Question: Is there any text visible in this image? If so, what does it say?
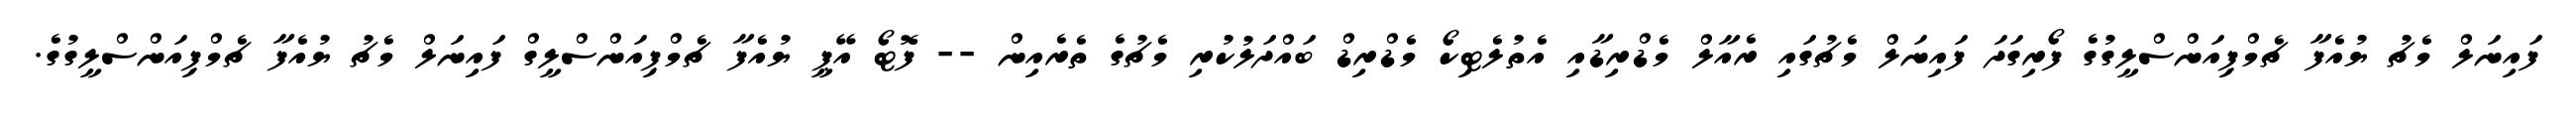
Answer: ފައިނަލް މެޗު ޔުއެފާ ޗެމްޕިއަންސްލީގުގެ ފޯރިގަދަ ފައިނަލް މެޗުގައި ރެއާލް މެޑްރިޑާއި އެތުލެޓިކޯ މެޑްރިޑް ބައްދަލުކުރި މެޗުގެ ތެރެއިން -- ފޮޓޯ އޭޕީ ޔުއެފާ ޗެމްޕިއަންސްލީގް ފައިނަލް މެޗު ޔުއެފާ ޗެމްޕިއަންސްލީގުގެ.